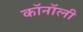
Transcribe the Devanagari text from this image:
कॉनॉली